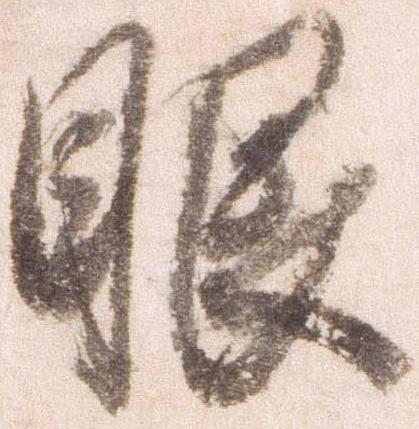
眼